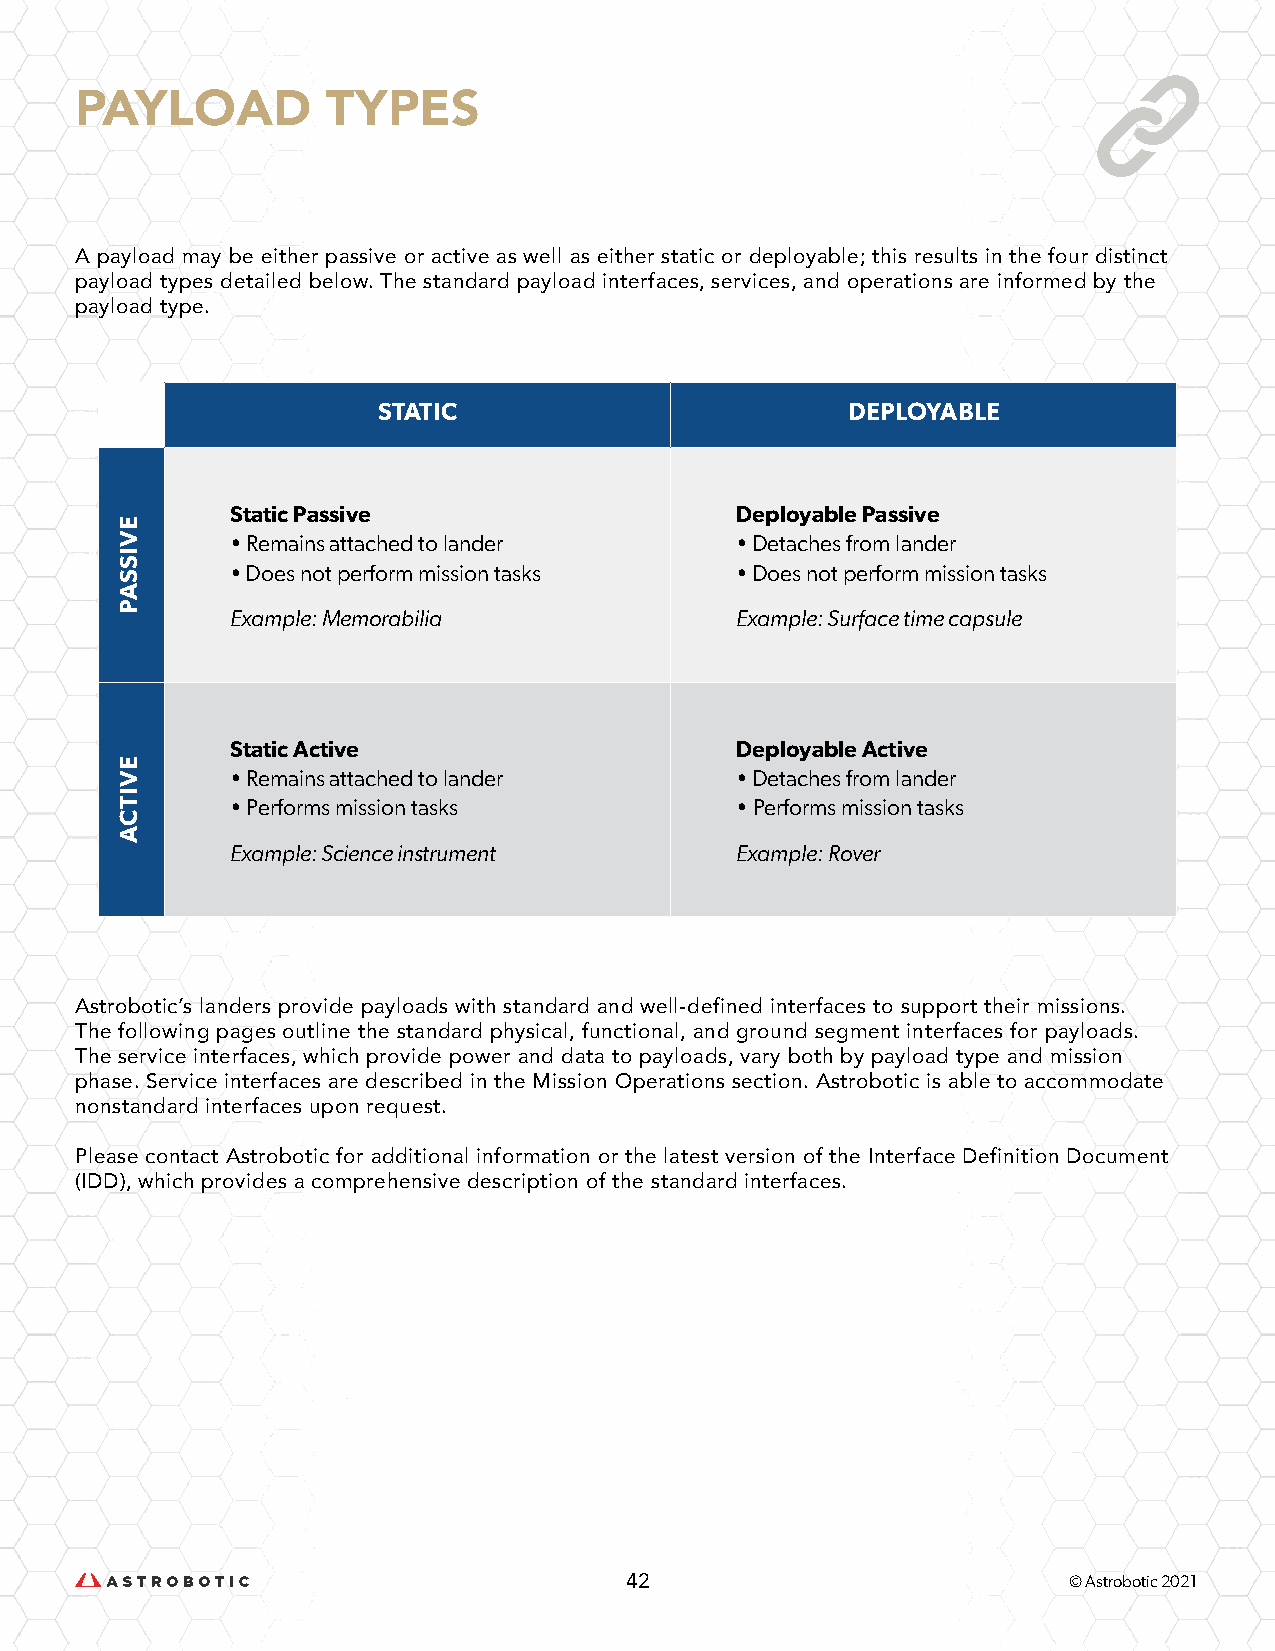
PAYLOAD          TYPES
 A payload may be either passive or active as well as either static or deployable; this results in the four distinct
 payload types detailed below. The standard payload interfaces, services, and operations are informed by the
 payload type.
 STATIC                         DEPLOYABLE
 Static Passive                    Deployable Passive
 • Remains attached to lander      • Detaches from lander
 • Does not perform mission tasks  • Does not perform mission tasks
 Example: Memorabilia              Example: Surface time capsule
 Static Active                     Deployable Active
 • Remains attached to lander      • Detaches from lander
 • Performs mission tasks          • Performs mission tasks
 Example: Science instrument       Example: Rover
 Astrobotic’s landers provide payloads with standard and well-defined interfaces to support their missions.
 The following pages outline the standard physical, functional, and ground segment interfaces for payloads.
 The service interfaces, which provide power and data to payloads, vary both by payload type and mission
 phase. Service interfaces are described in the Mission Operations section. Astrobotic is able to accommodate
 nonstandard interfaces upon request.
 Please contact Astrobotic for additional information or the latest version of the Interface Definition Document
 (IDD), which provides a comprehensive description of the standard interfaces.
 42                            © Astrobotic 2021
 EVISSAP
 EVITCA